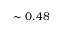
\sim 0 . 4 8